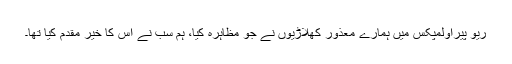
ریو پیراولمپکس میں ہمارے معذور کھلاڑیوں نے جو مظاہرہ کیا، ہم سب نے اس کا خیر مقدم کیا تھا۔